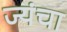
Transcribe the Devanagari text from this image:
ज्यंचा